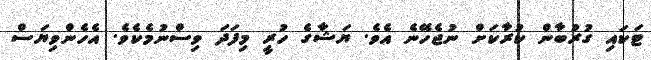
ޓަކައި ގުރުބާން ކުރާކަށް ނުޖެހޭނެ އެވެ. ޔަޝާގެ ހުރީ މިފަދަ ވިސްނުމެކެވެ. އެހެންވިޔަސް